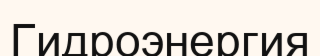
Гидроэнергия